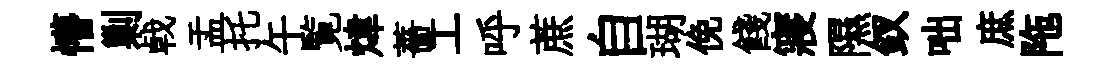
懵剿㦸盂托午覧煒薔工呼蔗自瑚俛餞寢隰釵咄庶陁